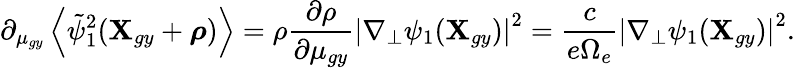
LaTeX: \partial_{\mu_{gy}}\left\langle\tilde{\psi}_{1}^{2}(\textbf{X}_{gy}+\boldsymbol{\rho})\right\rangle=\rho\frac{\partial\rho}{\partial\mu_{gy}}\left|\nabla_{\perp}\psi_{1}(\textbf{X}_{gy})\right|^{2}=\frac{c}{e\Omega_{e}}\left|\nabla_{\perp}\psi_{1}(\textbf{X}_{gy})\right|^{2}.